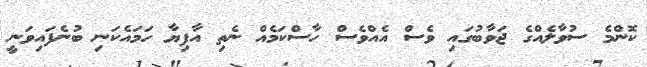
ކޮންމެ ސުވާލެއްގެ ޖަވާބުގައި ވެސް އެއްވެސް ހާސްކަމެއް ނެތި އާފިޔާ ހަމައެކަނި ބުނެފައިވަނީ